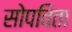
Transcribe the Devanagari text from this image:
सोपविता